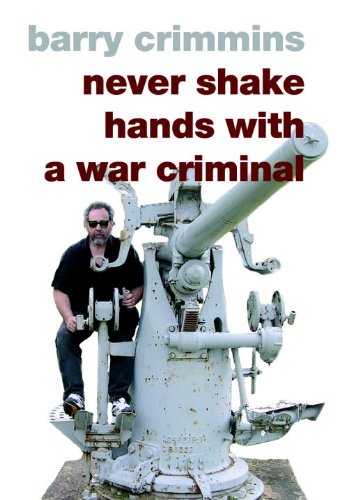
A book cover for Never Shake Hands with a War Criminal; Barry Crimmins; Humor & Entertainment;